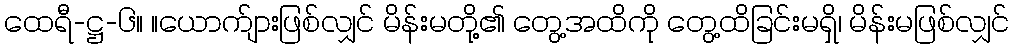
ထေရီ-ဋ္ဌ-၆။ ။ယောက်ျားဖြစ်လျှင် မိန်းမတို့၏ တွေ့အထိကို တွေ့ထိခြင်းမရှိ၊ မိန်းမဖြစ်လျှင်